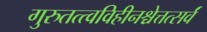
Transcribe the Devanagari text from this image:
गुरुतत्त्वविहीनश्चेत्तत्सर्वं